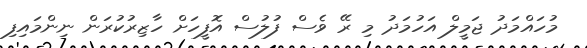
މުހައްމަދު ޖަމީލް އަހުމަދު މި ރޭ ވެސް ފުލުސް އޮފީހަށް ހާޒިރުކުރަން ނިންމައިފި